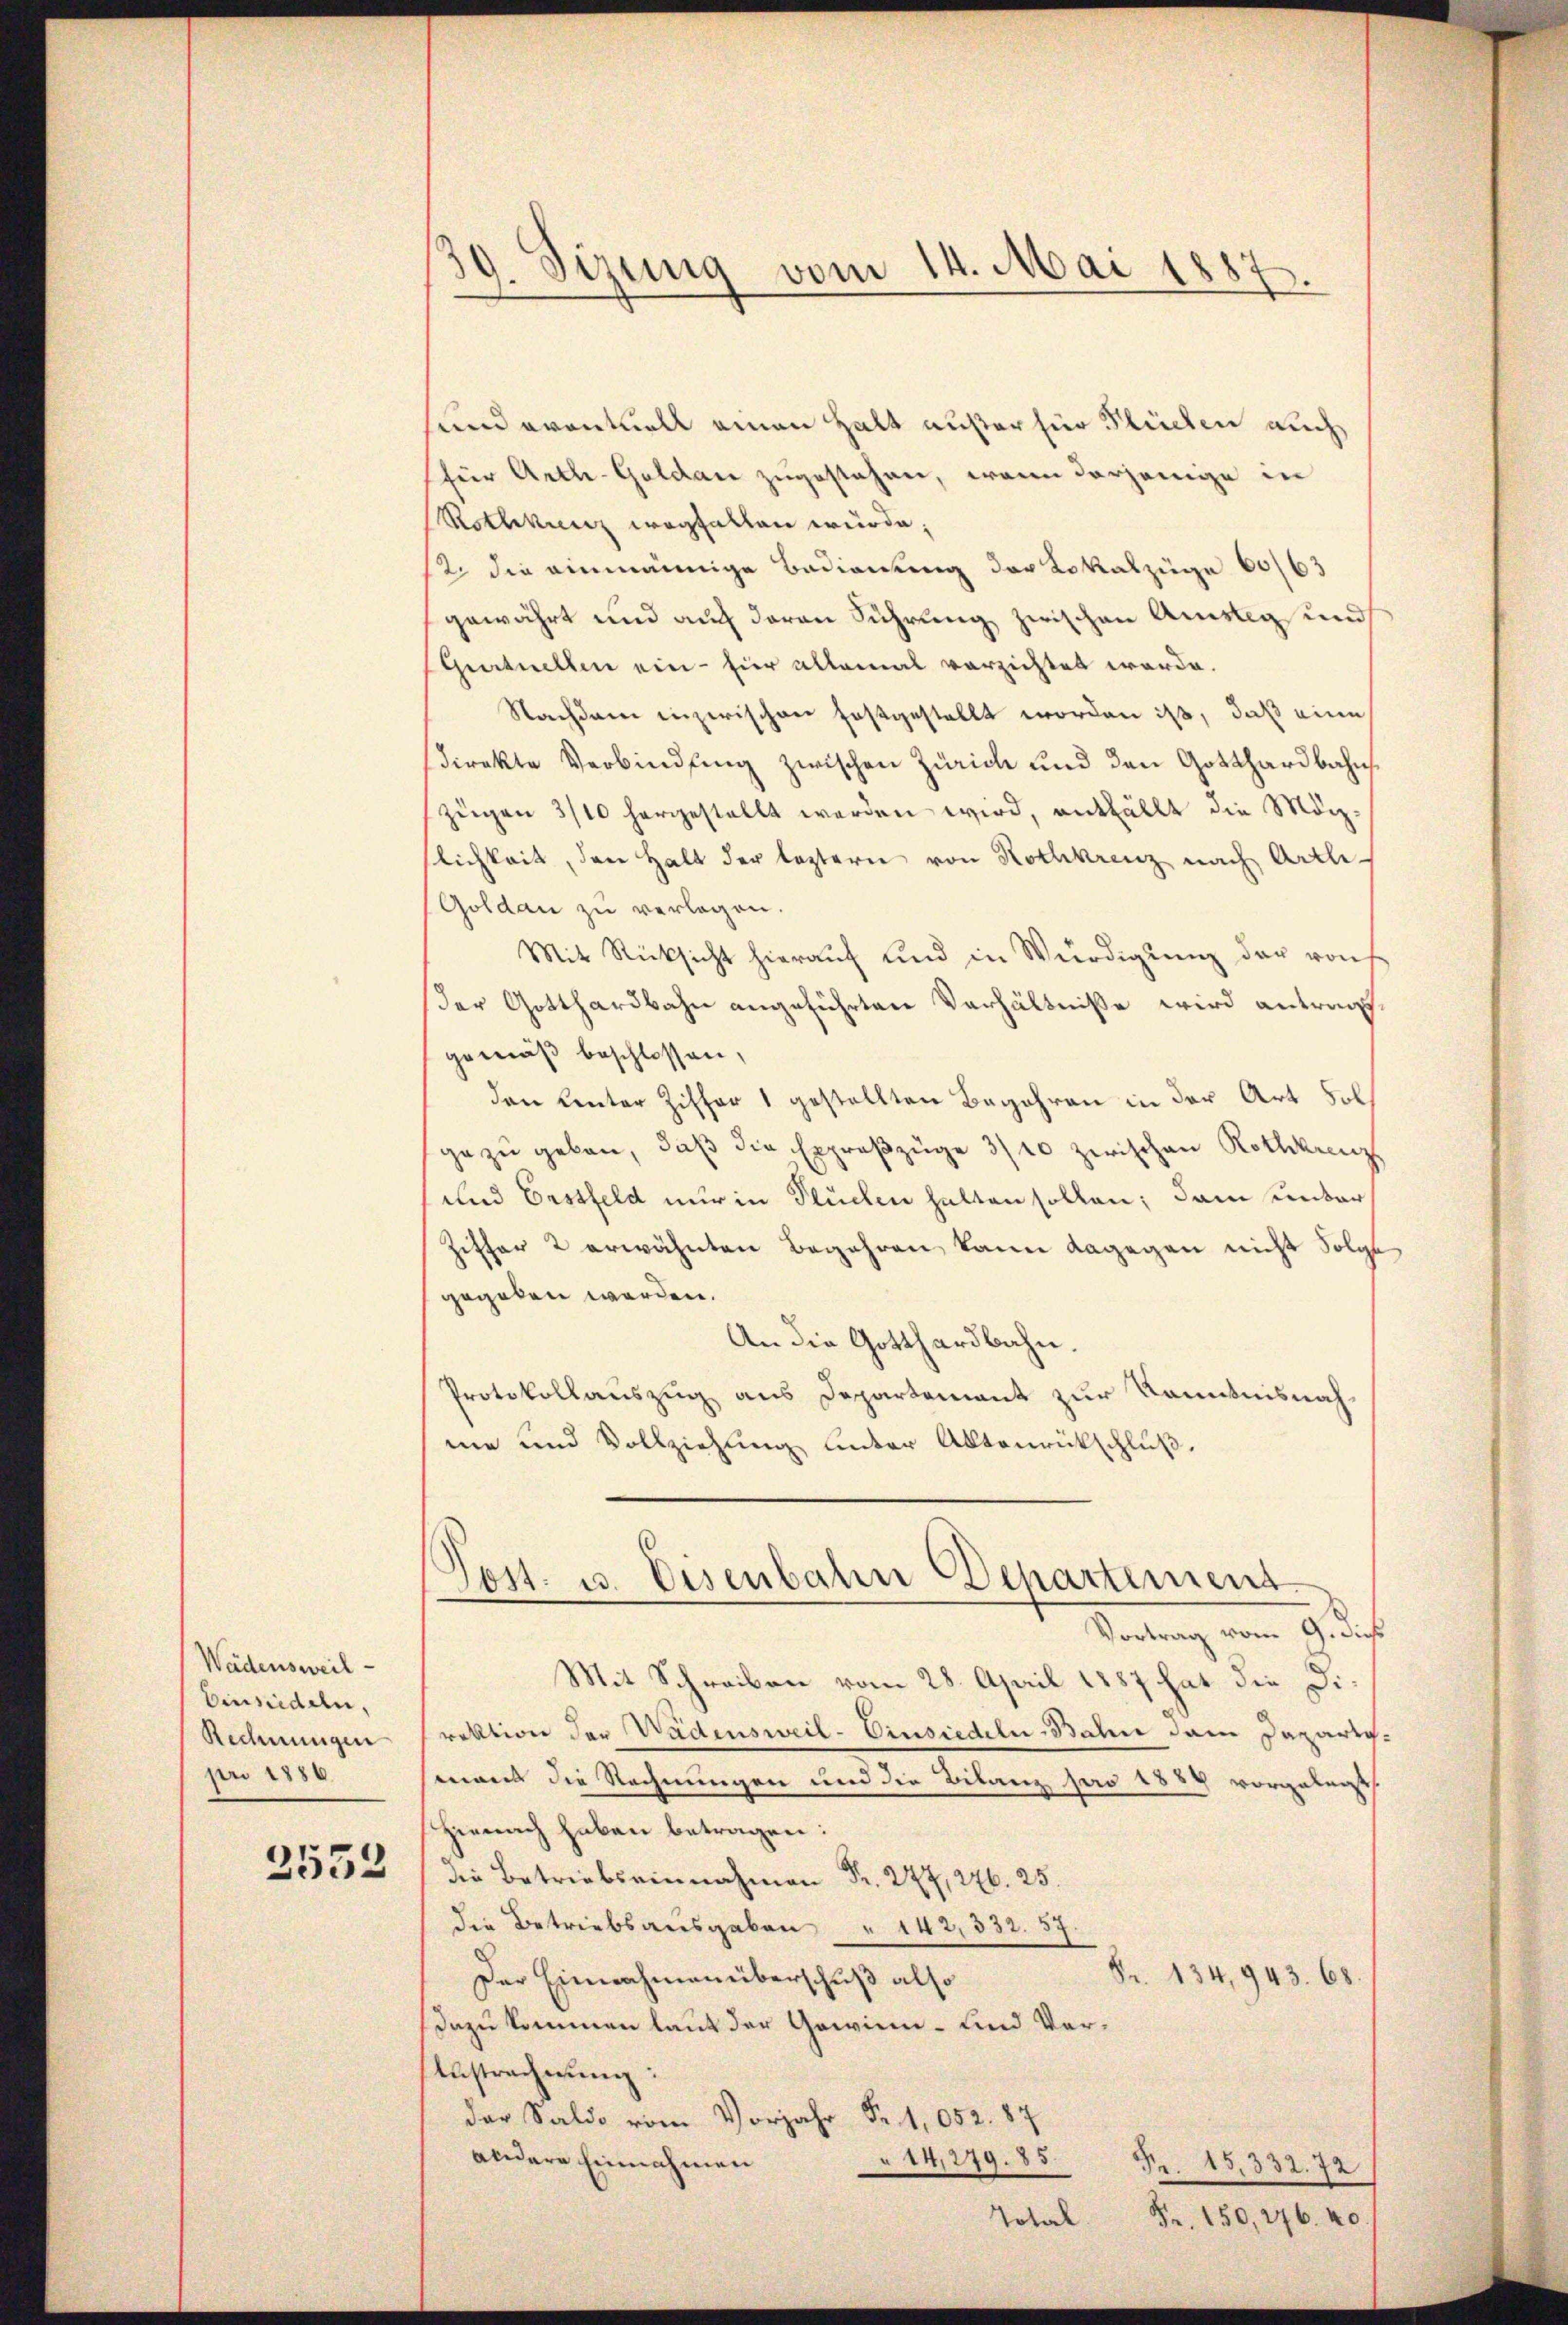
Wädensweil
Einsiedeln,
Rechnungen
pr 1886.
3552

sund eventuell einen Halt außer für Flüchen auch
für Arth-Goldau zugestehen, wenn derjenige in
Rothkinz wegfallen würde;
12. die einmännige Bedienung der Lokalzüge 60/63
gewährt und auch daran Führung zwischen Amsleg und
qurtuellen ein - für allemal verzichtet werde.
Nachdem inzwischen festgestellt worden ist, daß eine
(direkte Verbindung zwischen Zürich und den Gotthardbahns
zügen 3/10 hergestellt werden wird, entfällt die Mögslichkeit, den Halt der leztern von Rothkreuz nach Arth-
Goldau zu verlegen.
Mit Rücksicht hierauf und in Würdigung der von
der Gotthardbahn angeführten Verhältniße wird antraggemäß beschlossen,
den Unter Ziffer 1 gestellten Begehren in der Art Solgezu geben, daß die Exproßzüge 3/10 zwischen Rothkans
und Erstfeld nur in Fluchen halten sollen; dann unter
Ziffer 2 erwähnten Begehren kann dagegen nicht Folge
gegeben werden.
An die Gotthardbahn.
Protokollauszug aus Departement zur Kenntnisnahme und Vollziehung unter Aktenrückschluß.

9. Sizung vom 14. Mai 1887
.

Post. u. Eisenbahn Departement
Vortrag vom 9. dieß

Mit Schreiben vom 28. April 1887 hat die Direktion der Wädensweil- Einsiedeln-Bahn dem Daparteeans die Rechnungen und die Bilanz pro 1888 vorgelegt
Hienach haben betragen:
.
die Betriebsausgaben " 142, 332. 57
. 134,943. 68.
Der Einnahmen überschuß also
dazu kommen laut der Gewinn- und Vor¬
Anstracherŭng:
der Saldo vom Vorjahr Fr. 1052. 87
andere Einnahmen
14,279. 85 Fr. 15,332. 72
Total Fr. 150, 276. 40